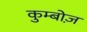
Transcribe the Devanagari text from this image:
कुम्बोज़